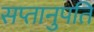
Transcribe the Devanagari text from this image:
सप्तानुपति